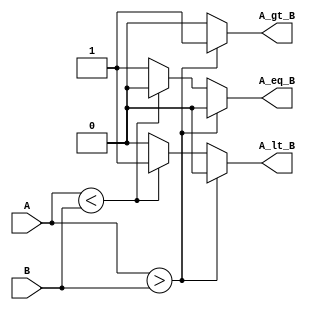
module mag_comp_behav(A_eq_B, A_gt_B, A_lt_B,
                      A,B);

output reg A_eq_B;
output reg A_gt_B;
output reg A_lt_B;
input [3:0] A, B;

always @(A or B) begin
    if(A > B) begin
        A_eq_B = 1'b0;
        A_gt_B = 1'b1;
        A_lt_B = 1'b0;
    end
    else if(A < B) begin
        A_eq_B = 1'b0;
        A_gt_B = 1'b0;
        A_lt_B = 1'b1;
    end
    else begin
        A_eq_B = 1'b1;
        A_gt_B = 1'b0;
        A_lt_B = 1'b0;
    end
end

endmodule